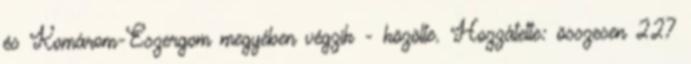
és Komárom-Eszergom megyében végzik - közölte. Hozzátette: összesen 227